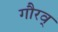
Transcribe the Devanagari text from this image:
गौरव्